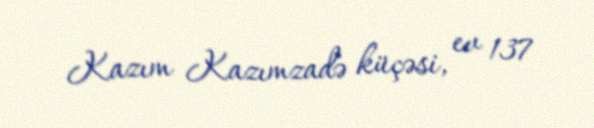
Kazım Kazımzadə küçəsi, ev 137